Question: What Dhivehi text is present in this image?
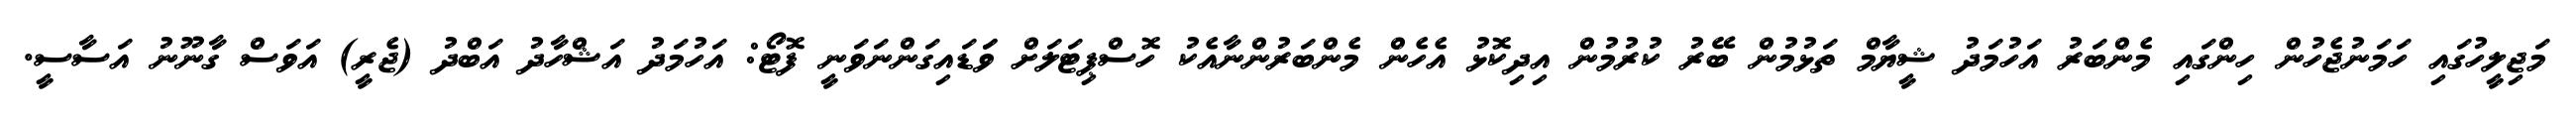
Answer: މަޖިލީހުގައި ހަމަނުޖެހުން ހިންގައި މެންބަރު އަހުމަދު ޝީޔާމް ތަޅުމުން ބޭރު ކުރުމުން އިދިކޮޅު އެހެން މެންބަރުންނާއެކު ހޮސްޕިޓަލަށް ވަަޑައިގަންނަވަނީ ފޮޓޯ: އަހުމަދު އަޝްހާދު އަބްދު (ޖެރީ) އަވަސް ގާނޫނު އަސާސީ.